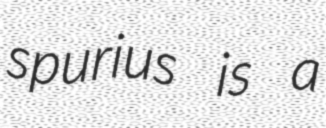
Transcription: spurius is a